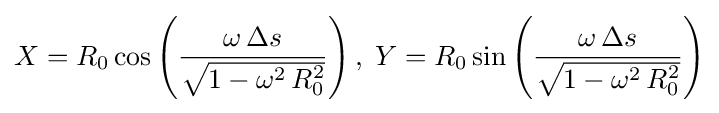
X=R_{0}\cos \left({\frac {\omega \,\Delta s}{\sqrt {1-\omega ^{2}\,R_{0}^{2}}}}\right),\;Y=R_{0}\sin \left({\frac {\omega \,\Delta s}{\sqrt {1-\omega ^{2}\,R_{0}^{2}}}}\right)